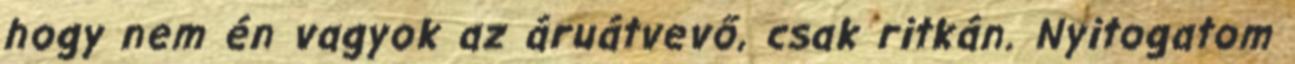
hogy nem én vagyok az áruátvevő, csak ritkán. Nyitogatom